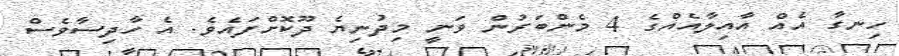
ހިނގާ އެއް އާއިލާއެއްގެ 4 މެންބަރުން ވަނީ މިދުނިޔެ ދޫކޮށްފައެވެ. އެ ހާދިސާވެސް